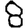
Digit: 8